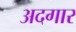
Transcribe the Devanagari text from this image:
अदगार